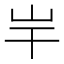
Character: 𡵃